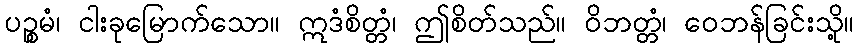
ပဉ္စမံ၊ ငါးခုမြောက်သော။ ဣဒံစိတ္တံ၊ ဤစိတ်သည်။ ဝိဘတ္တံ၊ ဝေဘန်ခြင်းသို့။